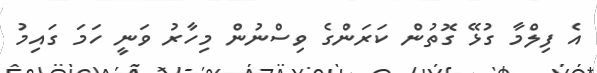
އެ ފިލްމާ ގުޅޭ ގޮތުން ކަރަންގެ ވިސްނުން މިހާރު ވަނީ ހަމަ ގައިމު